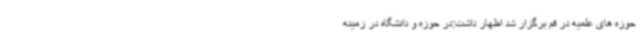
حوزه های علمیه در قم برگزار شد اظهار داشت:در حوزه و دانشگاه در زمینه